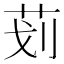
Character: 𰰲